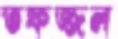
তফজ্জল